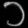
Digit: ၁